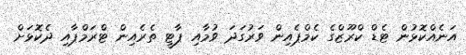
އަނެއްކޮޅުން ޓެޑް ކްރޫޒްގެ ކެމްޕެއިން ވަރުގަދަ ވުމާއި ޕާޓީ ތެރެއިން ޓްރަމްޕާއި ދެކޮޅަށް